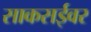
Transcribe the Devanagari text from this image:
साकसईवर